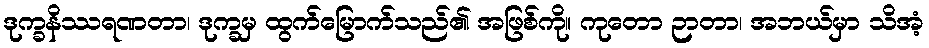
ဒုက္ခနိဿရဏတာ၊ ဒုက္ခမှ ထွက်မြောက်သည်၏ အဖြစ်ကို။ ကုတော ဉာတာ၊ အဘယ်မှာ သိအံ့